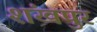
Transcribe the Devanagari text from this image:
शंखपुर